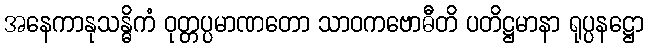
အနေကာနုသန္ဓိကံ ဝုတ္တပ္ပမာဏတော သာဝကဗောဓီတိ ပတိဋ္ဌမာနာ ရုပ္ပနဋ္ဌော